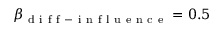
\beta _ { \mathrm { ~ d ~ i ~ f ~ f ~ - ~ i ~ n ~ f ~ l ~ u ~ e ~ n ~ c ~ e ~ } } = 0 . 5